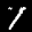
Label: 1